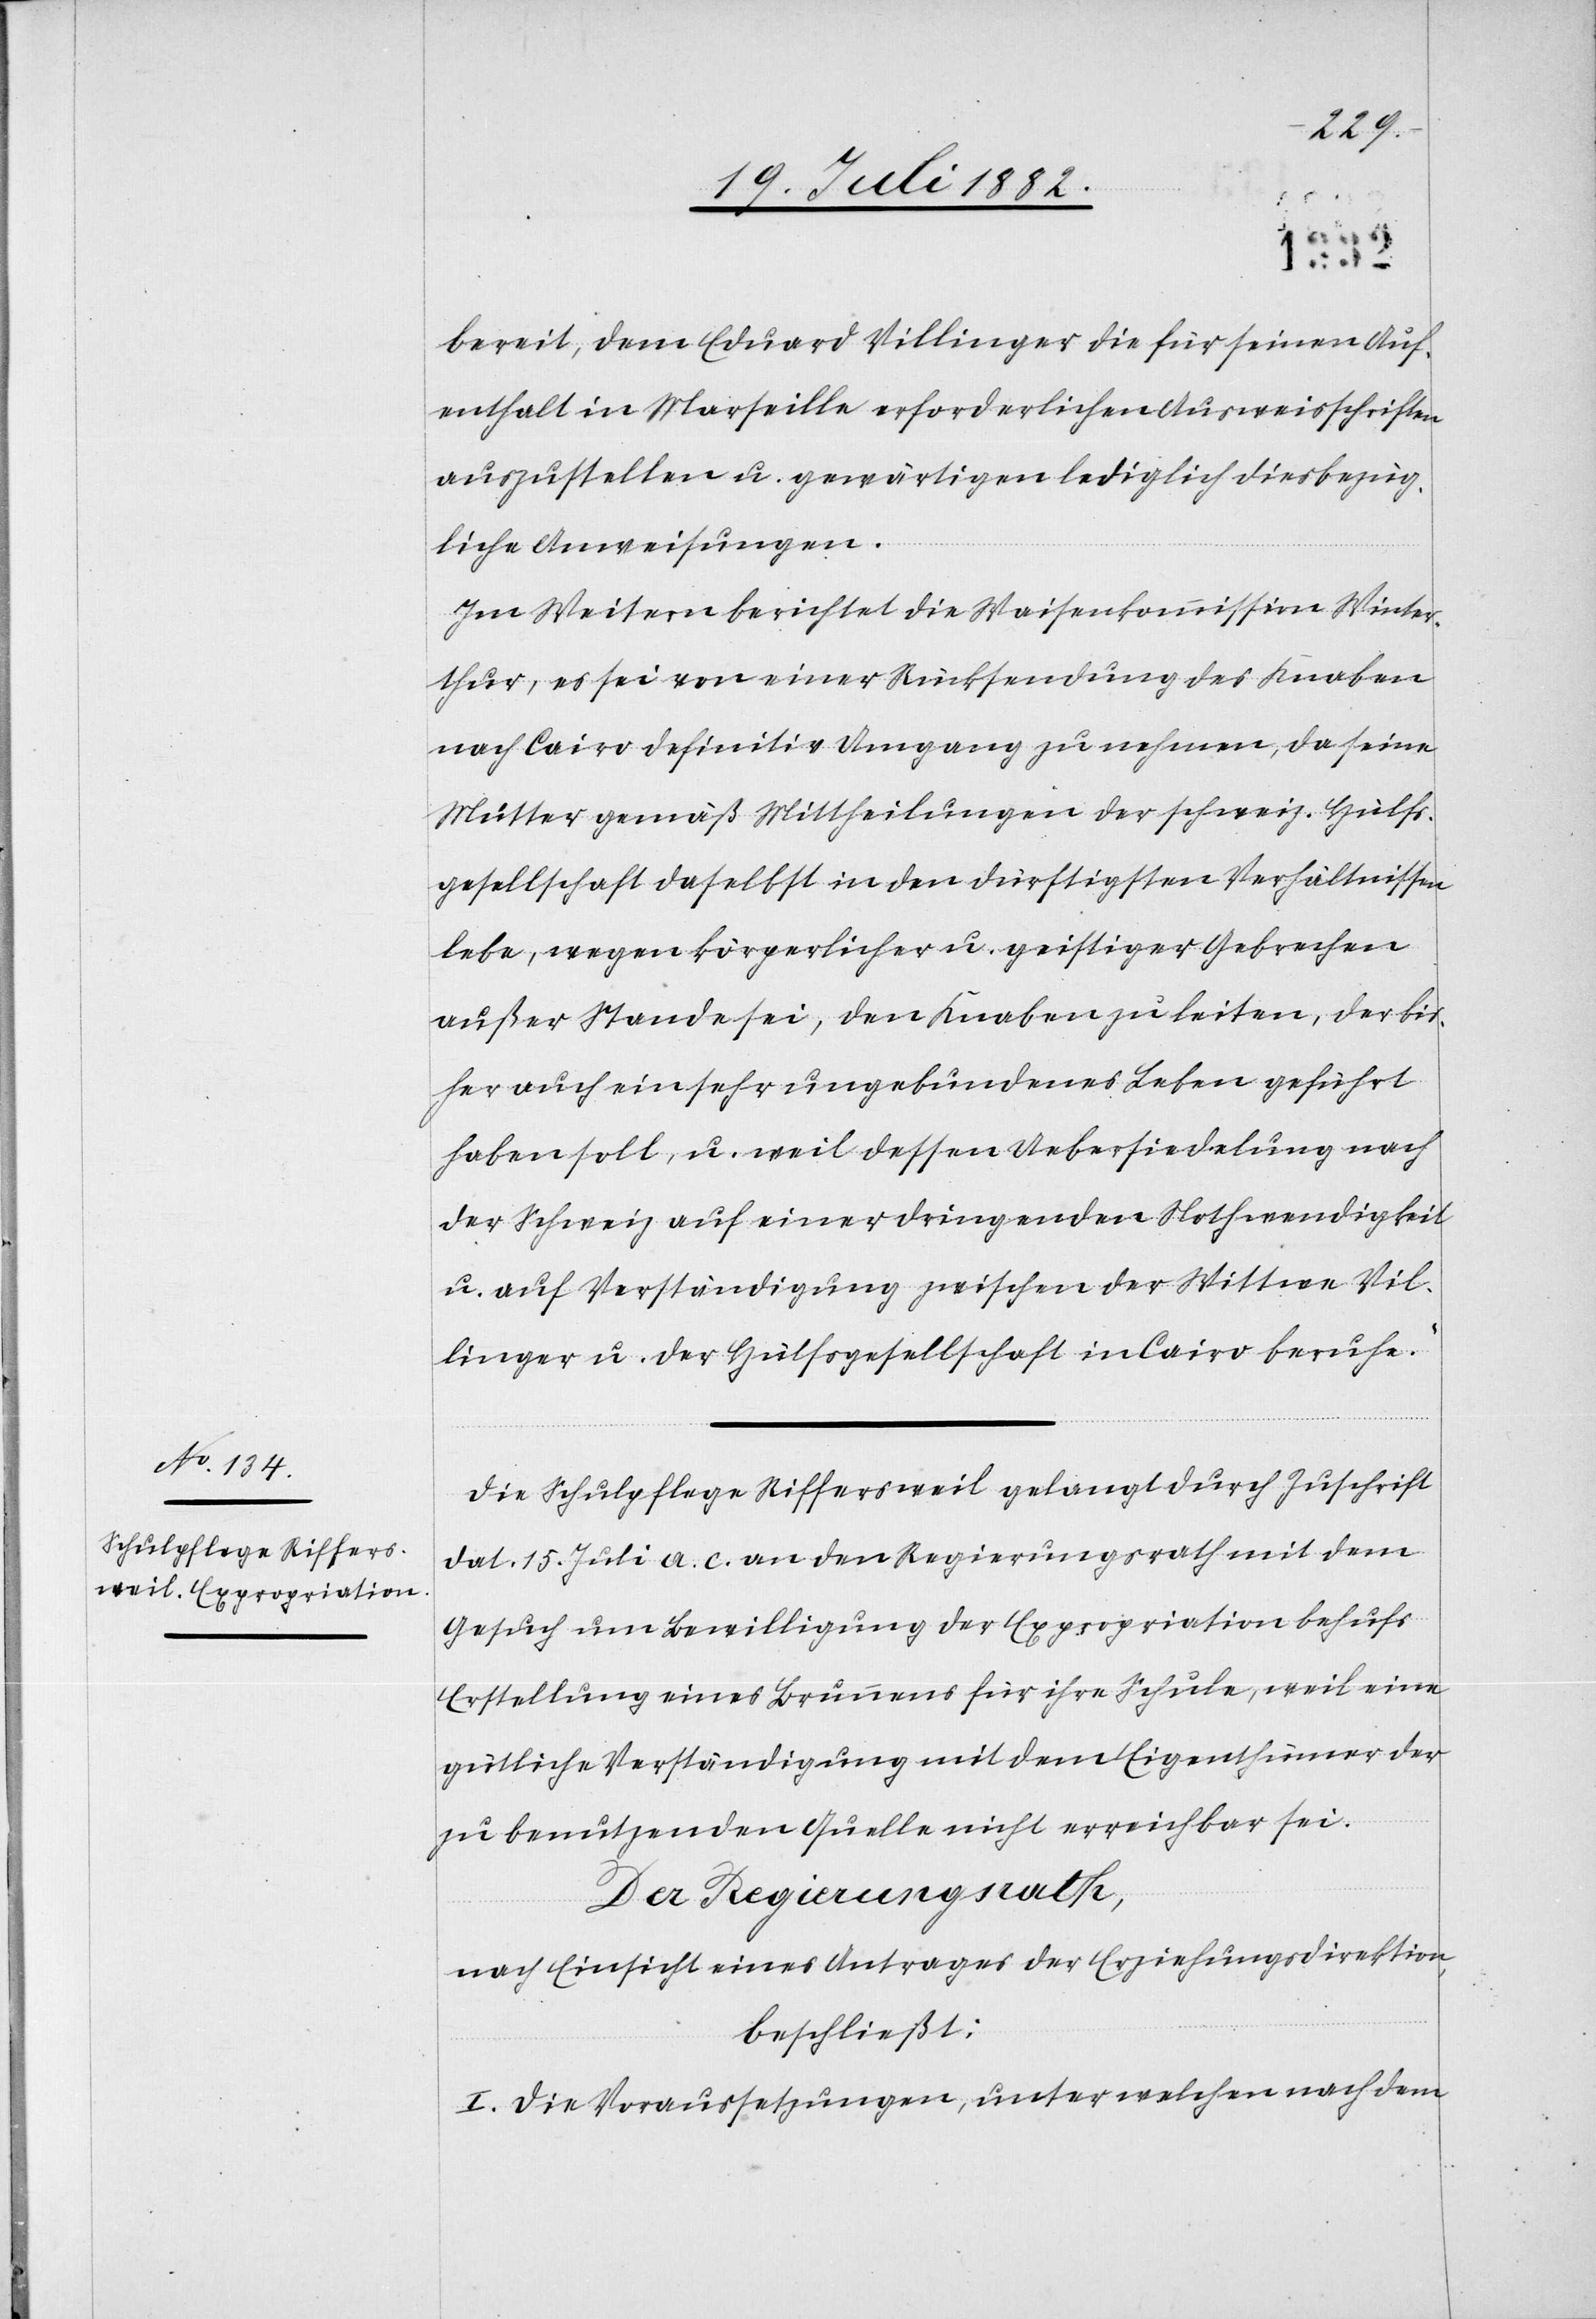
bereit, dem Eduard Villinger die für seinen Auf¬
enthalt in Marseille erforderlichen Ausweisschriften
auszustellen u. gewärtigen lediglich diesbezüg¬
liche Anweisungen.
Im Weitern berichtet die Waisenkommission Winter¬
thur, es sei von einer Rücksendung des Knaben
nach Cairo definitiv Umgang zu nehmen, da seine
Mutter gemäß Mittheilungen der schweiz. Hülfs¬
gesellschaft daselbst in den dürftigsten Verhältnissen
lebe, wegen körperlicher u. geistiger Gebrechen
außer Stande sei, den Knaben zu leiten, der bis¬
her auch ein sehr ungebundenes Leben geführt
haben soll, u. weil dessen Uebersiedelung nach
der Schweiz auf einer dringenden Nothwendigkeit
u. auf Verständigung zwischen der Wittwe Vil¬
linger u. der Hülfsgesellschaft in Cairo beruhe.“
Die Schulpflege Riffersweil gelangt durch Zuschrift
dat. 15. Juli a. c. an den Regierungsrath mit dem
Gesuch um Bewilligung der Expropriation behufs
Erstellung eines Brunnens für ihre Schule, weil eine
gütliche Verständigung mit dem Eigenthümer der
zu benutzenden Quelle nicht erreichbar sei.
Der Regierungsrath,
nach Einsicht eines Antrages der Erziehungsdirektion,
beschließt:
I. Die Voraussetzungen, unter welchen nach dem